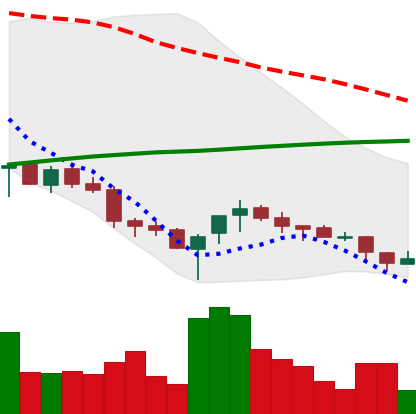
Ticker: NEO-USD
Chart end date: 2018-03-28
Forward return: -14.706%
Label: down_7plus